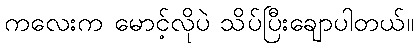
ကလေးက မောင့်လိုပဲ သိပ်ပြီးချောပါတယ်။